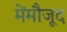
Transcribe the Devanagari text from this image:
मेंमौजूद